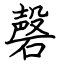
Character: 磬